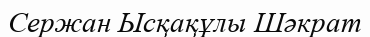
Сержан Ысқақұлы Шәкрат